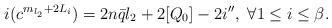
LaTeX: \begin{align*}i(c^{m_{l_{2}}+2L_{i}})=2n\bar{q}l_{2}+2[Q_{0}]-2i'',\ \forall 1\leq i\leq \beta.\end{align*}